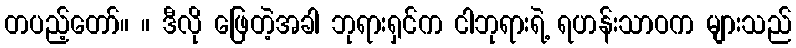
တပည့်တော်။ ။ ဒီလို ဖြေတဲ့အခါ ဘုရားရှင်က ငါဘုရားရဲ့ ရဟန်းသာဝက များသည်